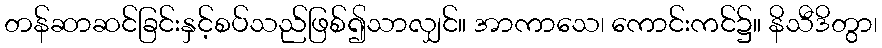
တန်ဆာဆင်ခြင်းနှင့်စပ်သည်ဖြစ်၍သာလျှင်။ အာကာသေ၊ ကောင်းကင်၌။ နိသီဒိတွာ၊